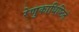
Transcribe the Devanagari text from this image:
रेणुकाधिष्ठितं